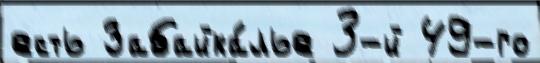
есть Забайка́лье 3-й 49-го